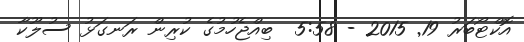
އޮކްޓޯބަރު 19